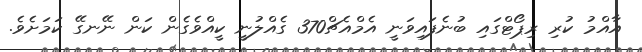
އާއްމު ކުރި ރިޕޯޓްގައި ބުނެފައިވަނީ އެމްއެޗް370 ގެއްލުނީ ކީއްވެގެން ކަން ނޭނގޭ ކަމަށެވެ.